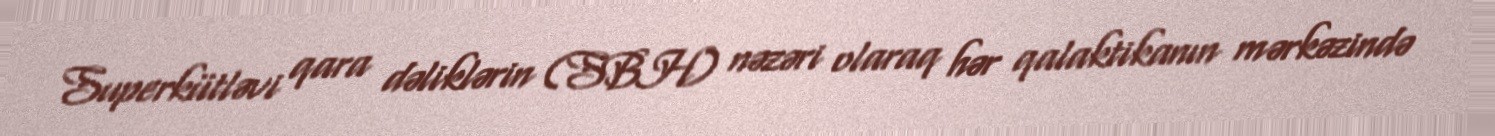
Superkütləvi qara dəliklərin (SBH) nəzəri olaraq hər qalaktikanın mərkəzində